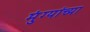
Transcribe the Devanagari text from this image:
मुंग्यांच्या